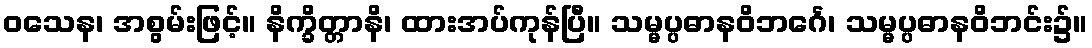
ဝသေန၊ အစွမ်းဖြင့်။ နိက္ခိတ္တာနိ၊ ထားအပ်ကုန်ပြီ။ သမ္မပ္ပဓာနဝိဘင်္ဂေ၊ သမ္မပ္ပဓာနဝိဘင်း၌။